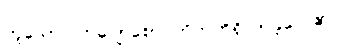
ဟူသော ကြျောစော ကိတ်တိရှိလာခဲ့လေ၏။